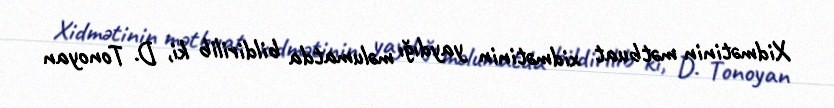
Xidmətinin mətbuat xidmətinin yaydığı məlumatda bildirilib ki, D. Tonoyan